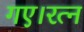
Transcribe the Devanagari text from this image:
गए।रत्न